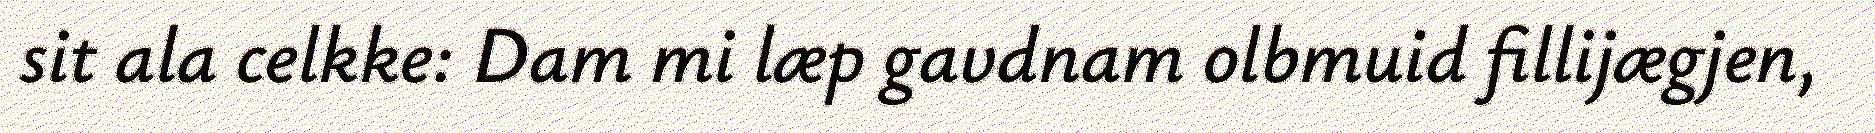
sit ala celkke: Dam mi læp gavdnam olbmuid fillijægjen,